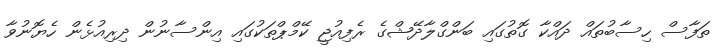
ތަފާސް ހިސާބުތައް ދައްކާ ގޮތުގައި ބަންގްލާދޭޝްގެ ރެފިއުޖީ ކޭމްޕްތަކުގައި އިންސާނުން ދިރިއުޅެން ހެޔޮނުވާ